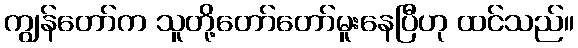
ကျွန်တော်က သူတို့တော်တော်မူးနေပြီဟု ထင်သည်။